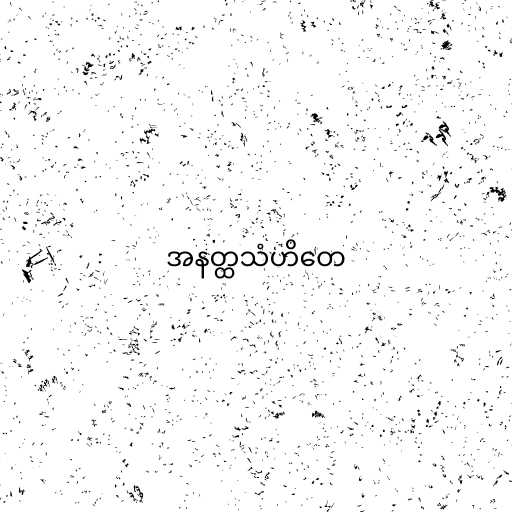
အနတ္ထသံဟိတေ